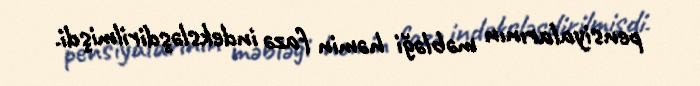
pensiyalarının məbləği həmin fazə indeksləşdirilmişdi.